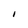
Character: i